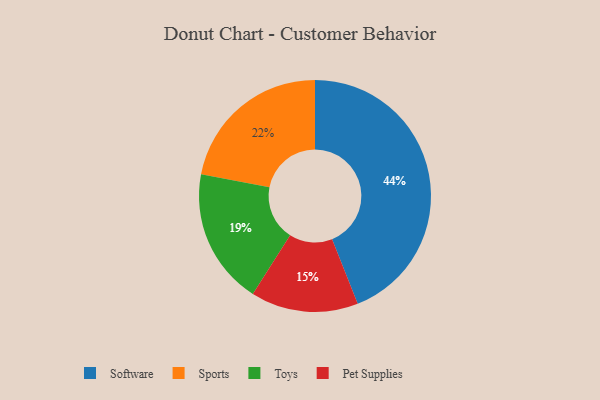
{"axis": {"x": "Category", "y": "Percentage"}, "legend": ["Pet Supplies", "Software", "Sports", "Toys"], "data": [{"x": "Sports", "y": 22, "type": "Sports"}, {"x": "Software", "y": 44, "type": "Software"}, {"x": "Pet Supplies", "y": 15, "type": "Pet Supplies"}, {"x": "Toys", "y": 19, "type": "Toys"}]}